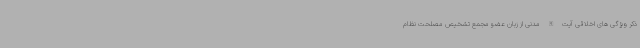
ذکر ویژگی های اخلاقی آیت الله مدنی از زبان عضو مجمع تشخیص مصلحت نظام